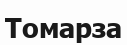
Томарза